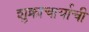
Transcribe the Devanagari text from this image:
शुक्राचार्याची